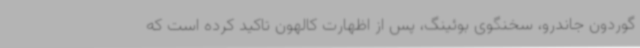
گوردون جاندرو، سخنگوی بوئینگ، پس از اظهارت کالهون تاکید کرده است که